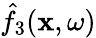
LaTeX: \hat{f}_{3}({\mathbf x},\omega)